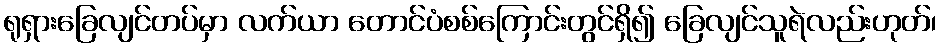
ရုရှားခြေလျင်တပ်မှာ လက်ယာ တောင်ပံစစ်ကြောင်းတွင်ရှိ၍ ခြေလျင်သူရဲလည်းဟုတ်၊